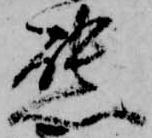
態